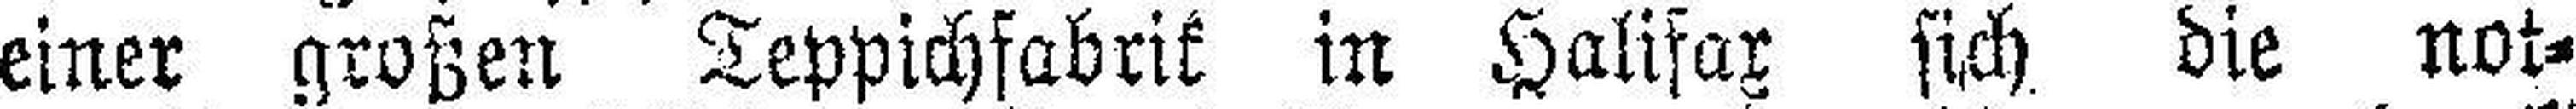
einer großen Teppichfabrik in Halifax sich die not¬